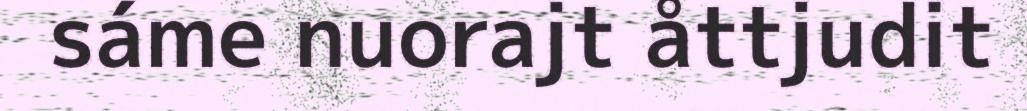
sáme nuorajt åttjudit